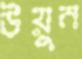
উয়ুন